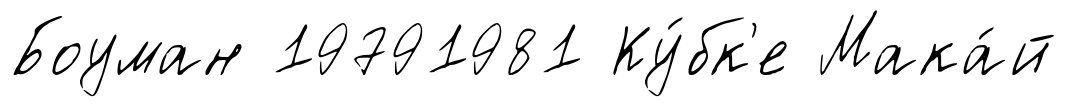
Боуман 19791981 Ку́бк'е Мака́й